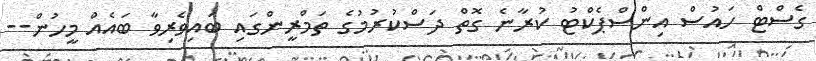
ގެސްޓް ހައުސް އިންސްޕެކްޓު ކުރާނެ ގޮތް ދަސްކުރުމުގެ ތަމްރީންގައި ބައިވެރިވާ ބައެއް މީހުން--